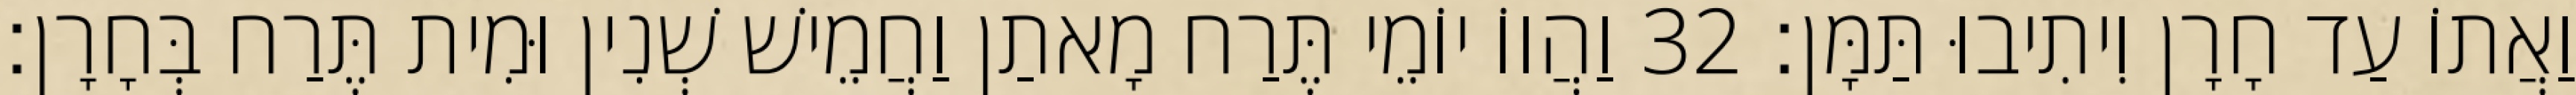
וַאֲתוֹ עַד חָרָן וִיתִיבוּ תַּמָּן׃ 32 וַהֲווֹ יוֹמֵי תֶּרַח מָאתַן וַחֲמֵישׁ שְׁנִין וּמִית תֶּרַח בְּחָרָן׃